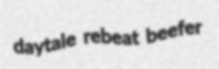
daytale rebeat beefer